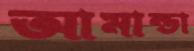
আমান্ডা